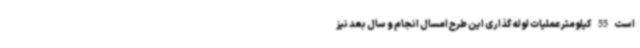
است 55 کیلومتر عملیات لوله گذاری این طرح امسال انجام و سال بعد نیز